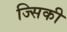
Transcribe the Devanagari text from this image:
ज्सिकी